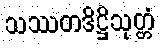
သဿတဒိဋ္ဌိသုတ္တံ